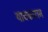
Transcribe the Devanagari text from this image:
याचकारान